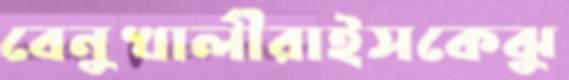
বেনুখালীরাইসকেঝু